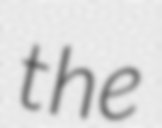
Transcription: the